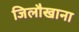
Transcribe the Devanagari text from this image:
जिलौखाना